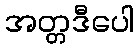
အတ္တဒီပေါ